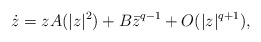
\begin{align*} \dot{z}=zA(|z|^2)+B\bar{z}^{q-1}+O(|z|^{q+1}),\end{align*}